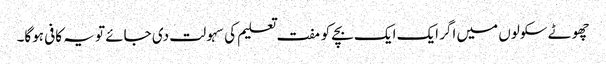
چھوٹے سکولوں میں اگر ایک ایک بچے کو مفت تعلیم کی سہولت دی جائے تو یہ کافی ہوگا۔